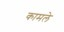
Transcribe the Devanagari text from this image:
कामले